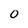
Character: 0